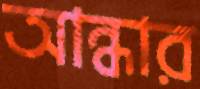
আন্ধার